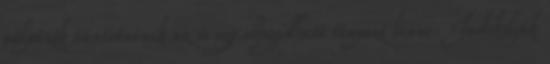
pályázók tüntetnének az is egy elfogadható tényező lenne. Indokolják